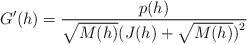
LaTeX: \begin{align*}G^{\prime }(h)=\dfrac{p(h)}{\sqrt{M(h)}{\large (}J(h)+\sqrt{M(h)}{\large )}^{2}} \end{align*}